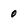
Character: 0